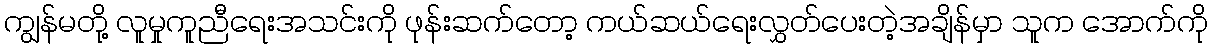
ကျွန်မတို့ လူမှုကူညီရေးအသင်းကို ဖုန်းဆက်တော့ ကယ်ဆယ်ရေးလွှတ်ပေးတဲ့အချိန်မှာ သူက အောက်ကို